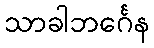
သာခါဘင်္ဂေန